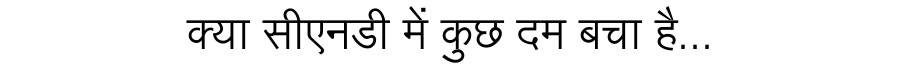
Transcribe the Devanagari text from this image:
क्या सीएनडी में कुछ दम बचा है...